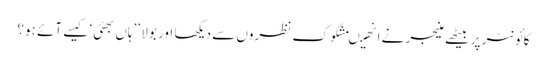
کائونٹر پر بیٹھے منیجر نے انھیںمشکوک نظروں سے دیکھا اور بولا ’’ہاں بھئی‘ کیسے آئے ہو؟